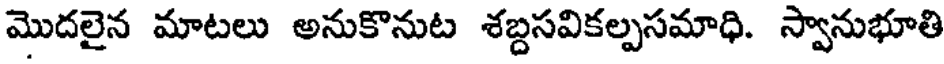
మొదలైన మాటలు అనుకొనుట శబ్దసవికల్పసమాధి. స్వానుభూతి